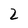
Character: 2